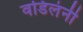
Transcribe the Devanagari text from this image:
वडिलंनी